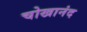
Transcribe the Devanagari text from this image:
चोखानंद